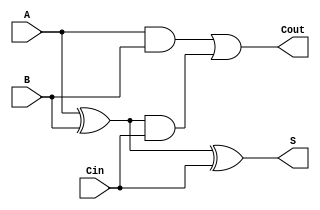
module full_adder (
    input wire A,      // First binary input bit
    input wire B,      // Second binary input bit
    input wire Cin,    // Carry input
    output wire S,     // Sum output bit
    output wire Cout    // Carry output bit
);

// Behavioral description of the Full Adder
assign S = A ^ B ^ Cin;                // Sum calculation
assign Cout = (A & B) | ((A ^ B) & Cin); // Carry calculation

endmodule